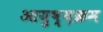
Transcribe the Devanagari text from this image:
आयुष्य़क्रम